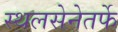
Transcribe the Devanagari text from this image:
स्थलसेनेतर्फे